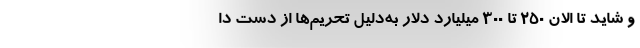
و شاید تا الان ۲۵۰ تا ۳۰۰ میلیارد دلار به‌دلیل تحریم‌ها از دست دا